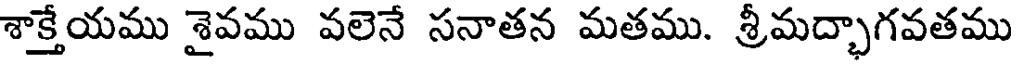
శాక్తేయము శైవము వలెనే సనాతన మతము. శ్రీమద్భాగవతము